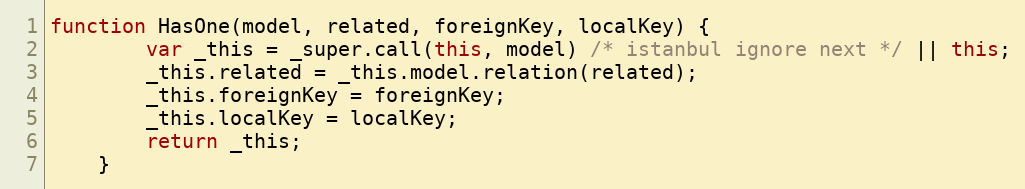
Language: JavaScript
function HasOne(model, related, foreignKey, localKey) {
        var _this = _super.call(this, model) /* istanbul ignore next */ || this;
        _this.related = _this.model.relation(related);
        _this.foreignKey = foreignKey;
        _this.localKey = localKey;
        return _this;
    }